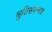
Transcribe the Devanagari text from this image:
श्रुतिसंपन्नता